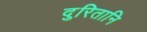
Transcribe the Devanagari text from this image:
दुरितानि